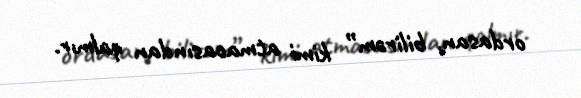
ordasan, bilirəm” kimi atmacasından qalmır.